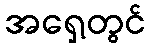
အရှေ့တွင်